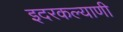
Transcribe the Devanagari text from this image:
इदरकल्याणी